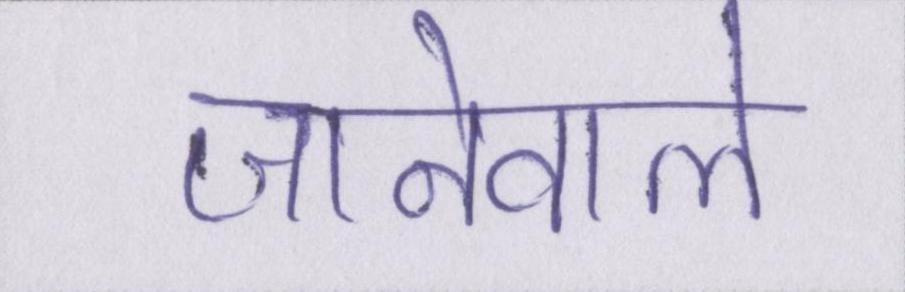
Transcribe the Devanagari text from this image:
जानेवाले